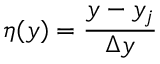
\eta ( y ) = \frac { y - y _ { j } } { \Delta y }